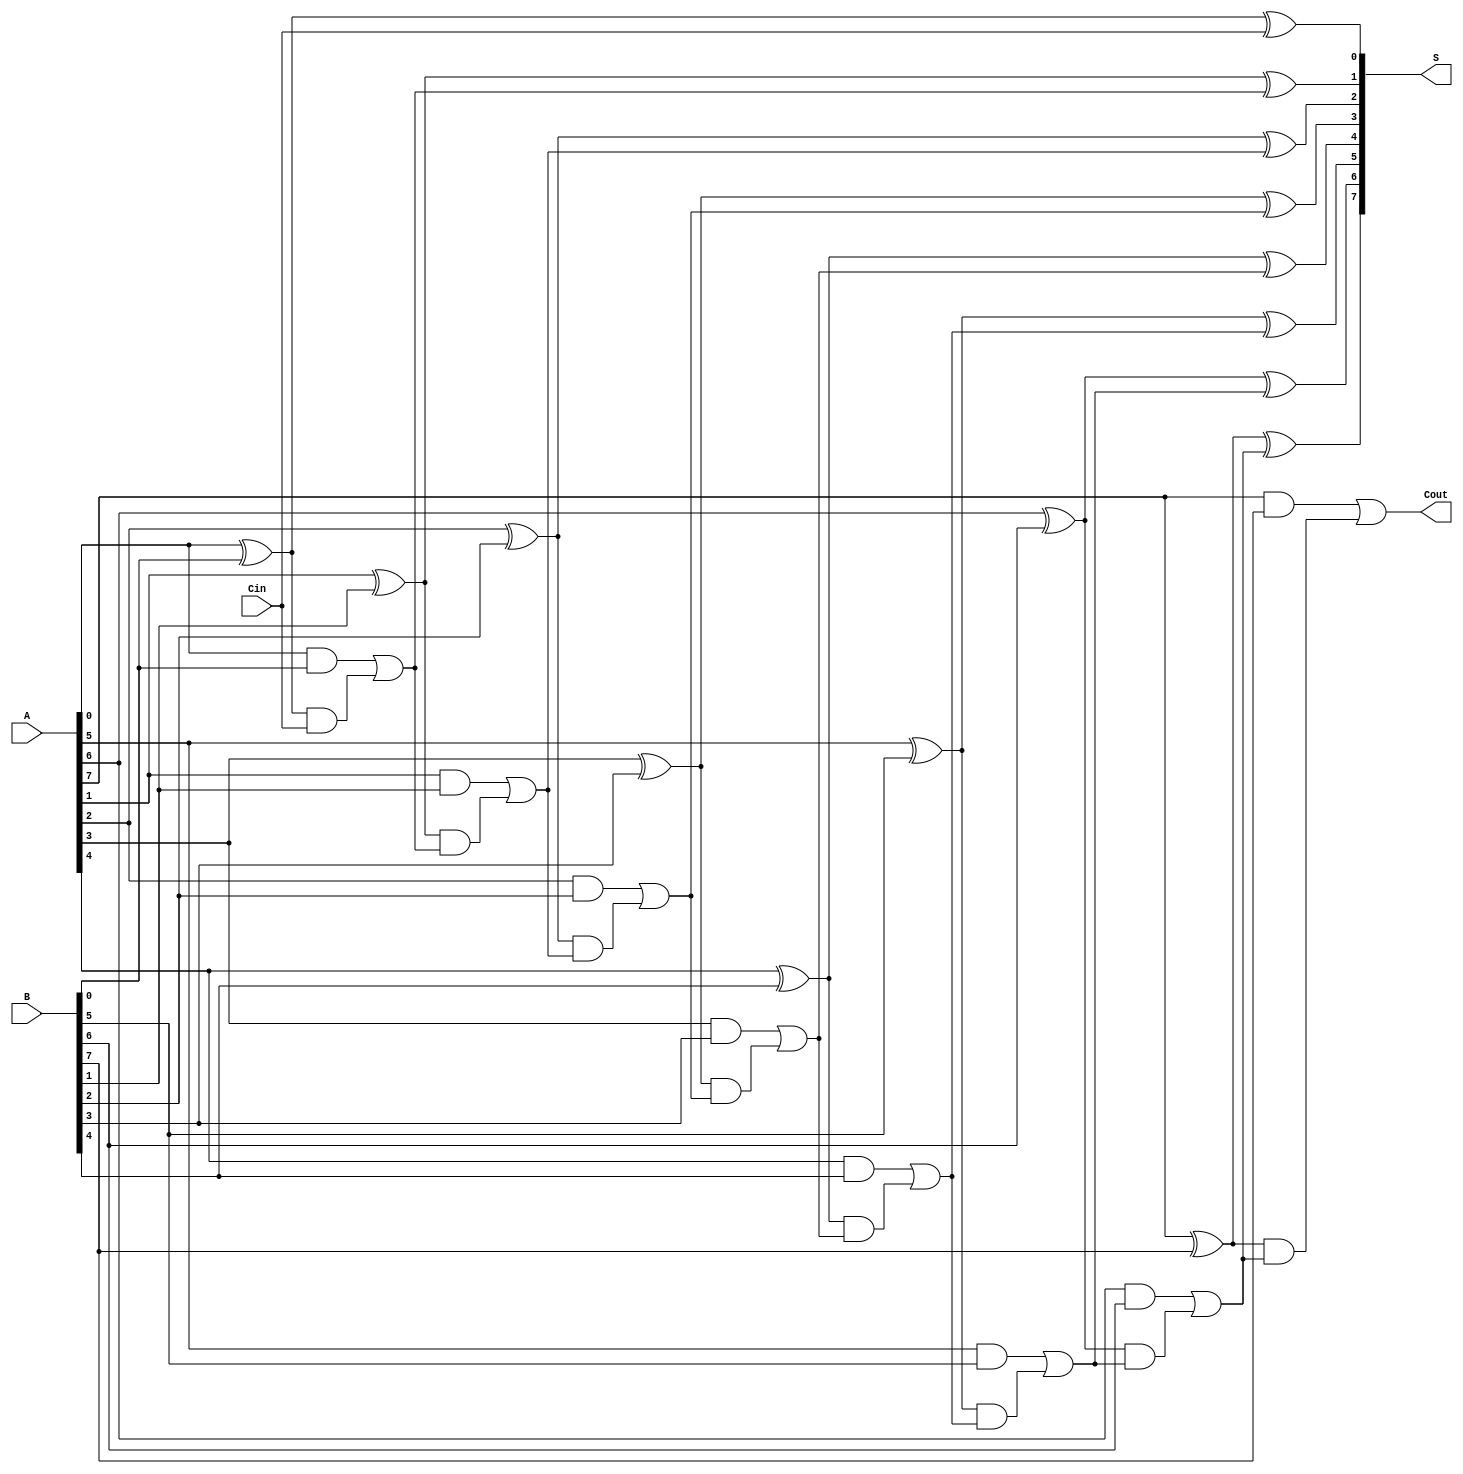
module Sklansky_Adder #(parameter N = 8) (
    input  [N-1:0] A,
    input  [N-1:0] B,
    input         Cin,
    output [N-1:0] S,
    output        Cout
);

    wire [N-1:0] P; // Propagate signals
    wire [N-1:0] G; // Generate signals
    wire [N:0] C;   // Carry signals

    // Generate and Propagate signals
    genvar i;
    generate
        for (i = 0; i < N; i = i + 1) begin : gp_gen
            assign G[i] = A[i] & B[i];
            assign P[i] = A[i] ^ B[i];
        end
    endgenerate

    // Carry signals computation using the Sklansky prefix structure
    assign C[0] = Cin;

    // Level 1
    generate
        for (i = 0; i < N; i = i + 1) begin : level1
            assign C[i+1] = G[i] | (P[i] & C[i]);
        end
    endgenerate

    // Sum calculation
    generate
        for (i = 0; i < N; i = i + 1) begin : sum_gen
            assign S[i] = P[i] ^ C[i];
        end
    endgenerate

    // Final carry out
    assign Cout = C[N];

endmodule